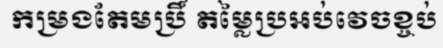
កម្រងតែមប្រិ៍ តម្លៃប្រអប់វេចខ្ចប់